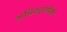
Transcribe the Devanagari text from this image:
अधिकार्‍यांपैकी